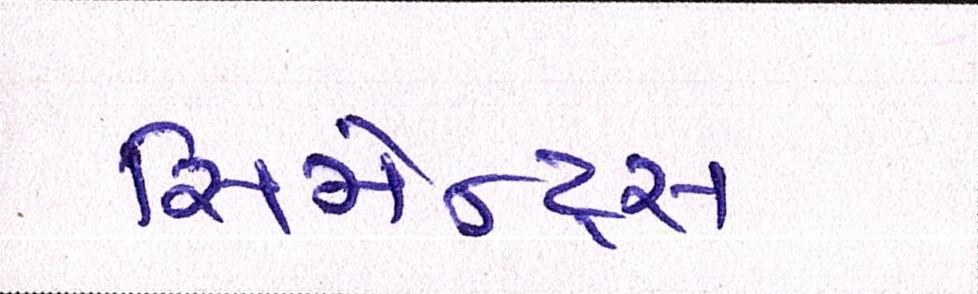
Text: સિમેન્ટ્સ